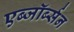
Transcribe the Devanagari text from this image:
एब्जॉर्ब्सन